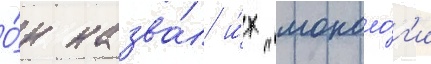
О́н назва́л и́х "моноло́г'и